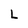
Character: L